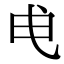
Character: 𭨘